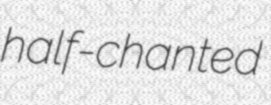
half-chanted